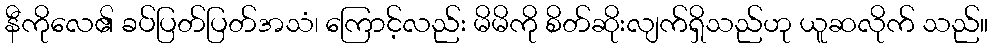
နီကိုလေ၏ ခပ်ပြတ်ပြတ်အသံ၊ ကြောင့်လည်း မိမိကို စိတ်ဆိုးလျက်ရှိသည်ဟု ယူဆလိုက် သည်။